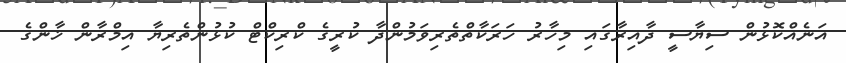
އަނެއްކޮޅުން ސިޔާސީ ދާއިރާގައި މިހާރު ހަރަކާތްތެރިވަމުންދާ ކުރީގެ ކްރިކްޓް ކުޅުންތެރިޔާ އިމްރާން ޚާންގެ